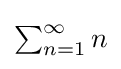
{\textstyle \sum _{n=1}^{\infty }n}